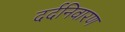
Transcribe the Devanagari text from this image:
दर्दनिवारण